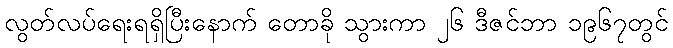
လွတ်လပ်ရေးရရှိပြီးနောက် တောခို သွားကာ ၂၆ ဒီဇင်ဘာ ၁၉၆၇တွင်